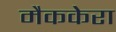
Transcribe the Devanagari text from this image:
मैककेरा